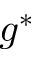
g ^ { \ast }